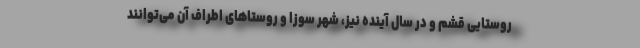
روستایی قشم و در سال آینده نیز، شهر سوزا و روستاهای اطراف آن می‌توانند